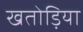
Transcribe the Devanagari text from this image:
खतोड़िया